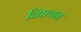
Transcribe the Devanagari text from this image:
विघचन